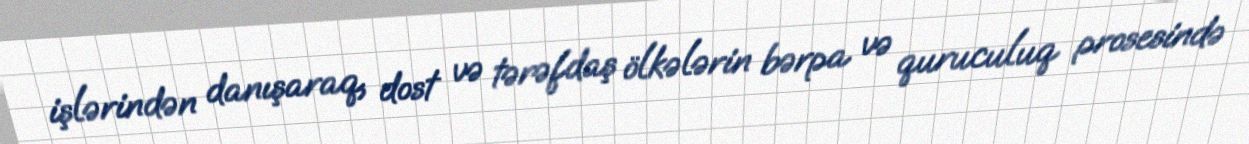
işlərindən danışaraq, dost və tərəfdaş ölkələrin bərpa və quruculuq prosesində